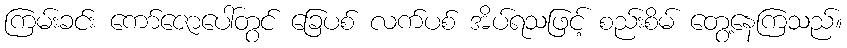
ကြမ်းခင်း ကော်ဇောပေါ်တွင် ခြေပစ် လက်ပစ် အိပ်ရသဖြင့် စည်းစိမ် တွေ့နေကြသည်။